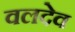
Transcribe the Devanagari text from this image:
वलदेव